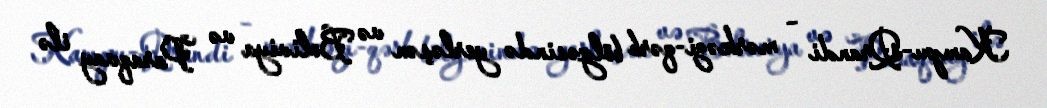
Kampu-Qrandi – mərkəzi-qərb bölgəsində yerləşən və Boliviya və Paraqvay ilə